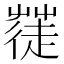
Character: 𮐓